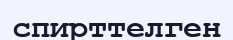
спирттелген